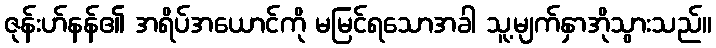
ဇုန်းဟ်နန်၏ အရိပ်အယောင်ကို မမြင်ရသောအခါ သူ့မျက်နှာအိုသွားသည်။